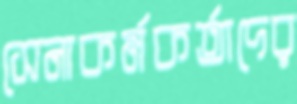
সেনাকর্মকর্তাদের